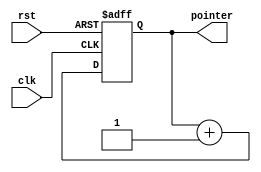
module dig_pointer (
    output   reg    [1:0]   pointer,
    input    wire           clk,
    input    wire           rst
);

always @(posedge clk or negedge rst)
    begin
        if (!rst)
            begin
                pointer <= 2'b00;
            end
        else 
            begin
                pointer <= pointer + 2'b01;
            end
    end
endmodule